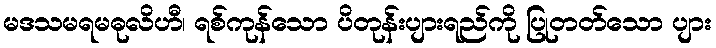
မဒသမရမဓုလိဟီ၊ ရစ်ကုန်သော ပိတုန်းပျားရည်ကို ပြုတတ်သော ပျား